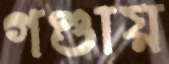
গণ্ডায়